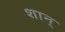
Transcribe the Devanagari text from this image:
शान्